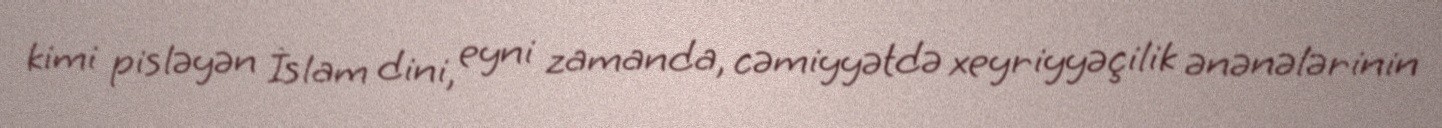
kimi pisləyən İslam dini, eyni zamanda, cəmiyyətdə xeyriyyəçilik ənənələrinin